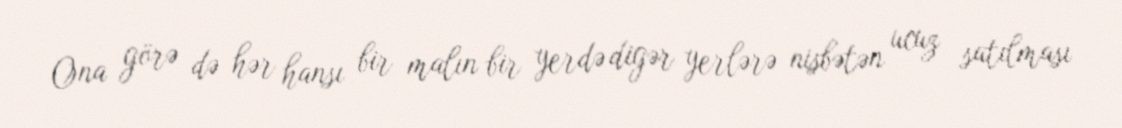
Ona görə də hər hansı bir malın bir yerdə digər yerlərə nisbətən ucuz satılması